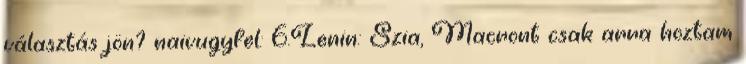
választás jön? naivugyfel: 6.Lenin: Szia, Macront csak arra hoztam